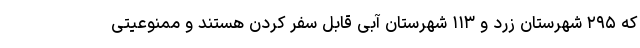
که ۲۹۵ شهرستان زرد و ۱۱۳ شهرستان آبی قابل سفر کردن هستند و ممنوعیتی